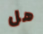
هل